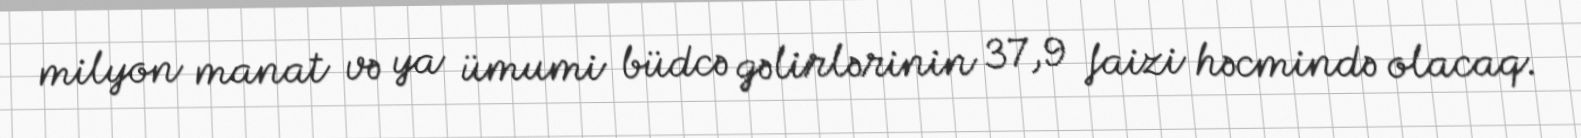
milyon manat və ya ümumi büdcə gəlirlərinin 37,9 faizi həcmində olacaq.